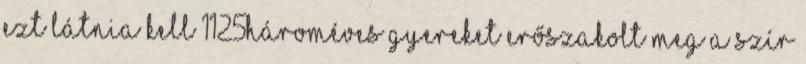
ezt látnia kell 1125Hároméves gyereket erőszakolt meg a szír